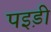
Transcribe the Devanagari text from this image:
पइड़ी